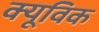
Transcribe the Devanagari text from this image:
क्यूविक